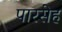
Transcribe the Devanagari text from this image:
पारसेह